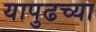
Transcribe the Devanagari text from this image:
यापुढच्या